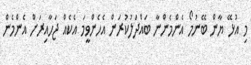
މި އުޅޭ ޔާން ބޭނުމޯ އެންމެންނާ ބައްދަލުކުރަން އެހެންވީމަ އެކެއް ޖަހާއިރަށް އެންމެން